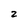
Character: 2